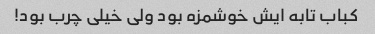
کباب تابه ایش خوشمزه بود ولی خیلی چرب بود!